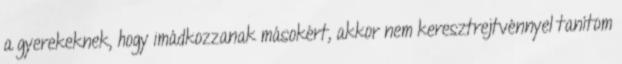
a gyerekeknek, hogy imádkozzanak másokért, akkor nem keresztrejtvénnyel tanítom